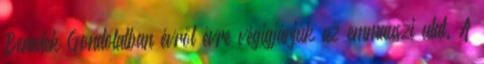
Benedek Gondolatban évről évre végigjárjuk az emmauszi utat. A